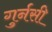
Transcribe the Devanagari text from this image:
गुर्नसी